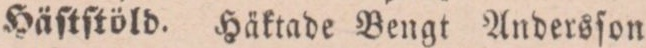
Häſtſtöld. Häktade Bengt Andersſon